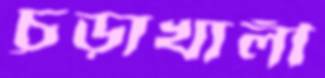
চূড়াখালী